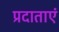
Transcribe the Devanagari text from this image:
प्रदाताएं